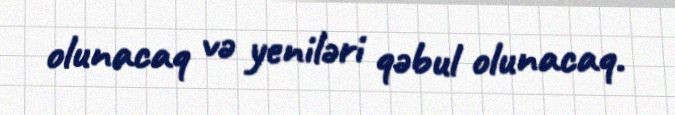
olunacaq və yeniləri qəbul olunacaq.